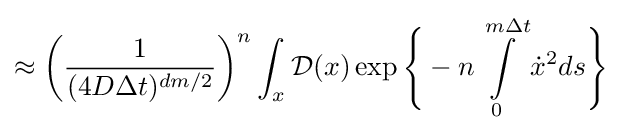
\approx \left({\frac {1}{(4D\Delta t)^{dm/2}}}\right)^{n}\int _{x}{\mathcal {D}}(x)\exp {\Bigg \{}-n\int \limits _{0}^{m\Delta t}{\dot {x}}^{2}ds{\Bigg \}}